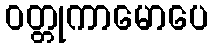
ဝတ္တုကာမောပေ